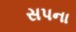
સપના